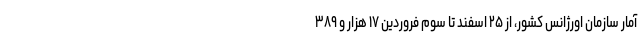
آمار سازمان اورژانس کشور، از ۲۵ اسفند تا سوم فروردین ۱۷ هزار و ۳۸۹